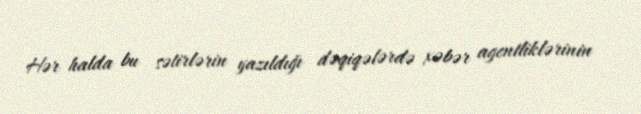
Hər halda bu sətirlərin yazıldığı dəqiqələrdə xəbər agentliklərinin